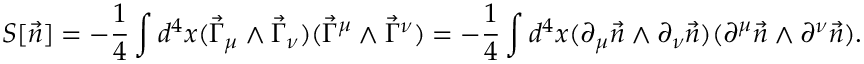
S [ \vec { n } ] = - \frac { 1 } { 4 } \int d ^ { 4 } x ( \vec { \Gamma } _ { \mu } \wedge \vec { \Gamma } _ { \nu } ) ( \vec { \Gamma } ^ { \mu } \wedge \vec { \Gamma } ^ { \nu } ) = - \frac { 1 } { 4 } \int d ^ { 4 } x ( \partial _ { \mu } \vec { n } \wedge \partial _ { \nu } \vec { n } ) ( \partial ^ { \mu } \vec { n } \wedge \partial ^ { \nu } \vec { n } ) .